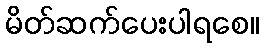
မိတ်ဆက်ပေးပါရစေ။